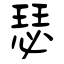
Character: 瑟